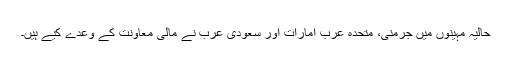
حالیہ مہینوں میں جرمنی، متحدہ عرب امارات اور سعودی عرب نے مالی معاونت کے وعدے کیے ہیں۔